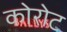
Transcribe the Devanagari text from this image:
कोरोट